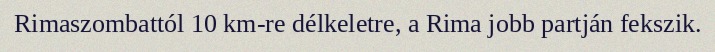
Rimaszombattól 10 km-re délkeletre, a Rima jobb partján fekszik.